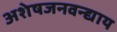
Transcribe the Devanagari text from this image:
अशेषजनवन्द्याय